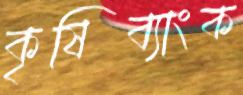
কৃষিব্যাংক